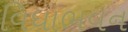
વિધાભવન